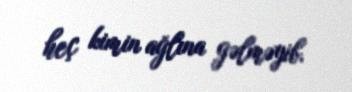
heç kimin ağlına gəlməyib.